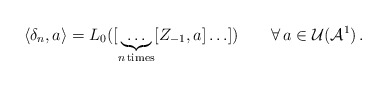
\begin{align*}\langle \delta_n , a \rangle = L_0 ([ \underbrace{\ldots}_{n \, {\rm times}} [Z_{-1} , a ] \ldots ]) \qquad \forall \, a \in {\cal U} ({\cal A}^1) \, .\end{align*}